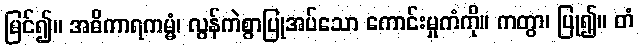
မြင်၍။ အဓိကာရကမ္မံ၊ လွန်ကဲစွာပြုအပ်သော ကောင်းမှုကံကို။ ကတွာ၊ ပြု၍။ တံ